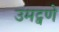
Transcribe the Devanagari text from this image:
उमट्वणे